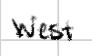
Text: West
Cross-out: clean
Writing tool: digital_black